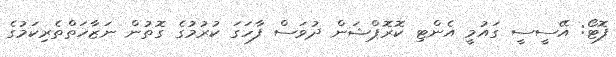
ފޮޓޯ: އޭސީސީ ގައުމީ އެންޓި ކޮރޮޕްޝަން ދުވަސް ފާހަގަ ކުރުމުގެ ގޮތުން ނަޒާހަތްތެރިކަމުގެ